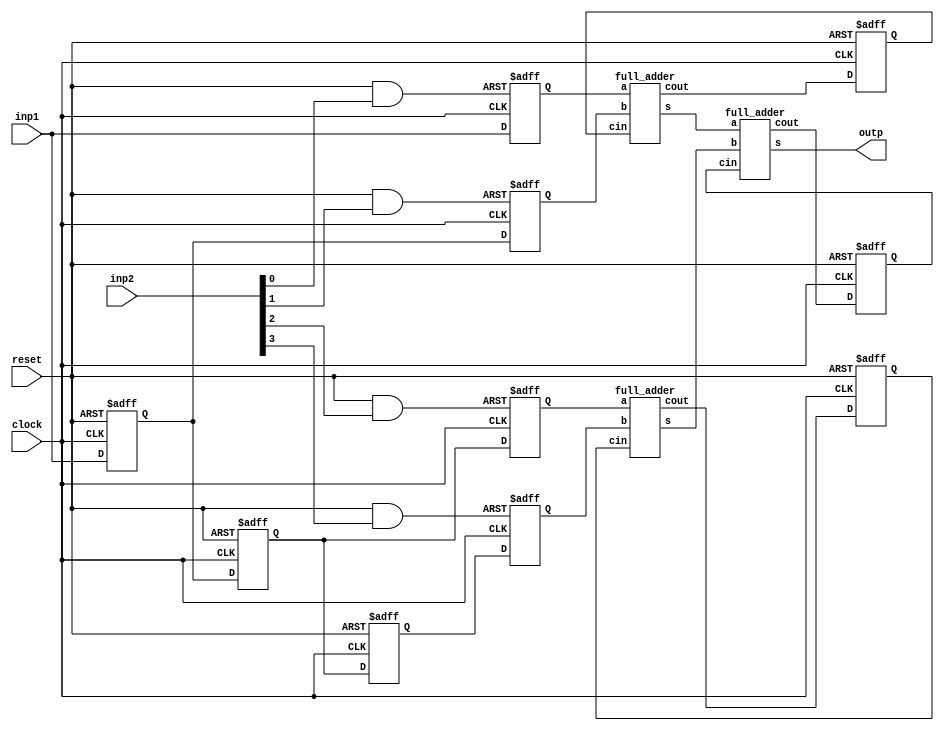
`timescale 1ns / 1ps
//////////////////////////////////////////////////////////////////////////////////
// Company: 
// Engineer: 
// 
// Design Name: 
// Module Name:   serial_mul_4x4 
// Project Name: 
// Target Devices: 
// Tool versions: 
// Description: 
//
// Dependencies: 
//
// Revision: 
// Revision 0.01 - File Created
// Additional Comments: 
//
//////////////////////////////////////////////////////////////////////////////////
module serial_mul_4x4(
    input clock,
    input reset,
    input inp1,
    input [3:0] inp2,
    output outp
    );
	 
	 reg	inp1_regc1;
	 reg 	inp1_regc2;
	 reg  inp1_regc3;
	 
	 reg	carryin0;
	 reg	carryin1;
	 reg	carryin2;
	 
	 wire carryout0;
	 wire carryout1;
	 wire carryout2;
	 
	 wire sumout0;
	 wire sumout1;
	 wire sumout2;
	 
	 reg	[3:0]	par_prods;
	 
	 wire p0_rst	=	reset & inp2[0];
	 wire p1_rst	=	reset & inp2[1];
	 wire p2_rst	=	reset & inp2[2];
	 wire p3_rst	=	reset & inp2[3];
	 
	 always @(posedge clock or negedge p0_rst)
	 begin
		if(p0_rst == 0)
			par_prods[0]	<=	4'b0000;
		else
			par_prods[0]	<=	inp1;
	 end
	
	 always @(posedge clock or negedge p1_rst)
	 begin
		if(p1_rst == 0)
			par_prods[1]	<=	4'b0000;
		else
			par_prods[1]	<=	inp1_regc1;
	 end

	 always @(posedge clock or negedge p2_rst)
	 begin
		if(p2_rst == 0)
			par_prods[2]	<=	4'b0000;
		else
			par_prods[2]	<=	inp1_regc2;
	 end
	
	 always @(posedge clock or negedge p3_rst)
	 begin
		if(p3_rst == 0)
			par_prods[3]	<=	4'b0000;
		else
			par_prods[3]	<=	inp1_regc3;
	 end
	 
	 always @(posedge clock or negedge reset)
	 begin
		if(reset == 0)
		begin
			inp1_regc1	<=	0;
			inp1_regc2	<=	0;
			inp1_regc3	<=	0;
		end
		else
		begin
			inp1_regc1	<=	inp1;
			inp1_regc2	<=	inp1_regc1;
			inp1_regc3	<=	inp1_regc2;
		end
	 end
	 
	 full_adder fa0(par_prods[0], par_prods[1], carryin0, sumout0, carryout0);
	 full_adder fa1(par_prods[2], par_prods[3], carryin1, sumout1, carryout1);
	 full_adder fa2(sumout0, sumout1,           carryin2, sumout2, carryout2);
	 
	 assign outp	=	sumout2;
	 
	 always @(posedge clock or negedge reset)
	 begin
		if(reset == 0)
		begin
			carryin0	<=	0;
			carryin1	<=	0;
			carryin2	<=	0;
		end
		else
		begin
			carryin0	<= carryout0;
			carryin1	<= carryout1;
			carryin2	<= carryout2;
		end
	 end
endmodule


module full_adder( input a,
						 input b,
						 input cin,
						 output s,
						 output cout);
						 
	assign	s		=	a ^ b ^ cin;
	assign   cout	=	(a & b) | (b & cin) | (cin & a);
						 
endmodule